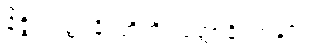
နိဇ္ဇိရဝတ္ထူနိ၊ တို့ကို။ ဝုတ္တာနိ၊ ကုန်၏။